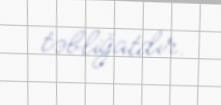
təbliğatdır.